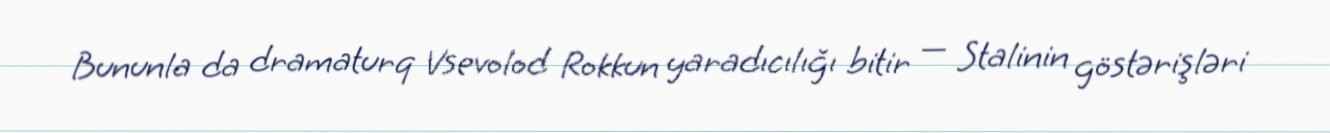
Bununla da dramaturq Vsevolod Rokkun yaradıcılığı bitir — Stalinin göstərişləri